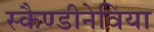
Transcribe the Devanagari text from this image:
स्कैण्डीनेविया